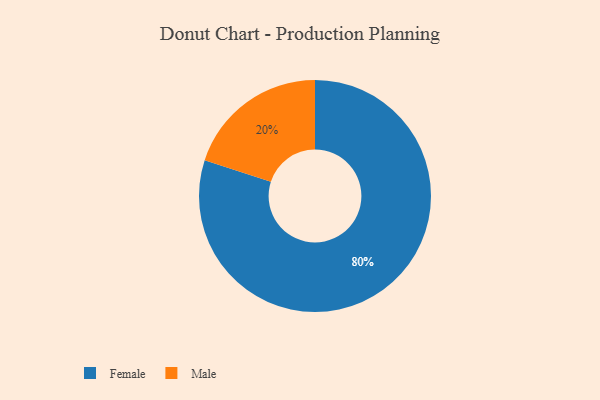
{"axis": {"x": "Category", "y": "Percentage"}, "legend": ["Female", "Male"], "data": [{"x": "Male", "y": 20, "type": "Male"}, {"x": "Female", "y": 80, "type": "Female"}]}